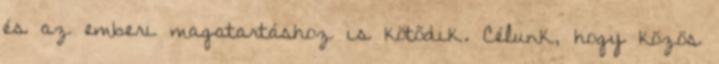
és az emberi magatartáshoz is kötődik. Célunk, hogy közös